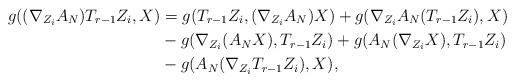
LaTeX: \begin{align*} g((\nabla_{Z_{i}}A_{N})T_{r-1}Z_{i},X) &= g(T_{r-1}Z_{i},(\nabla_{Z_{i}}A_{N})X) + g(\nabla_{Z_{i}}A_{N}(T_{r-1}Z_{i}),X)\\ & -g(\nabla_{Z_{i}}(A_{N}X),T_{r-1}Z_{i}) + g(A_{N}(\nabla_{Z_{i}}X),T_{r-1}Z_{i})\\ &-g(A_{N}(\nabla_{Z_{i}}T_{r-1}Z_{i}),X), \end{align*}